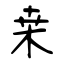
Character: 桒